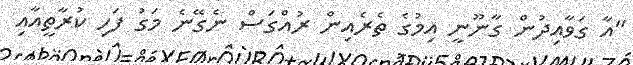
"އާ ގަވާއިދުން ގާނޫނީ އިމުގެ ތެރެއިން ރުއްގަސް ނެގޭނެ މަގު ފަހި ކުރާތީއާއި